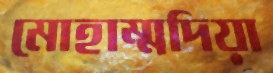
মোহাম্মদিয়া